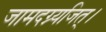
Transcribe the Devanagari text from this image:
जामदग्न्यजित्‌।